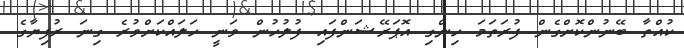
ކުއްތާ ބޭނުންކޮށްގެން ފުރަތަމަ ހިންގި އޮޕަރޭޝަންފައި ފުލުހުން ވަނީ ހަލައްކަށްވުރެ ގިނަ ރުފިޔާގެ